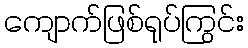
ကျောက်ဖြစ်ရုပ်ကြွင်း